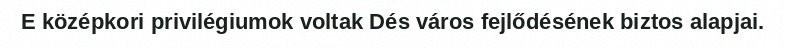
E középkori privilégiumok voltak Dés város fejlődésének biztos alapjai.